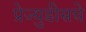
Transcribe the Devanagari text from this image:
प्रेज्युडीसचे